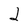
Character: 2